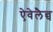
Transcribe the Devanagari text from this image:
ऐवेलैन्च